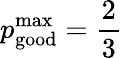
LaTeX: p_{\mathrm{good}}^{\mathrm{max}}=\frac{2}{3}